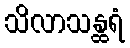
သိလာသန္ထရံ